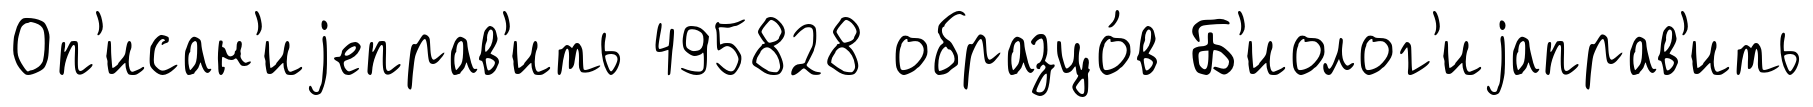
Оп'исан'иjеправ'ить 495828 образцо́в Б'иолог'иjаправ'ить